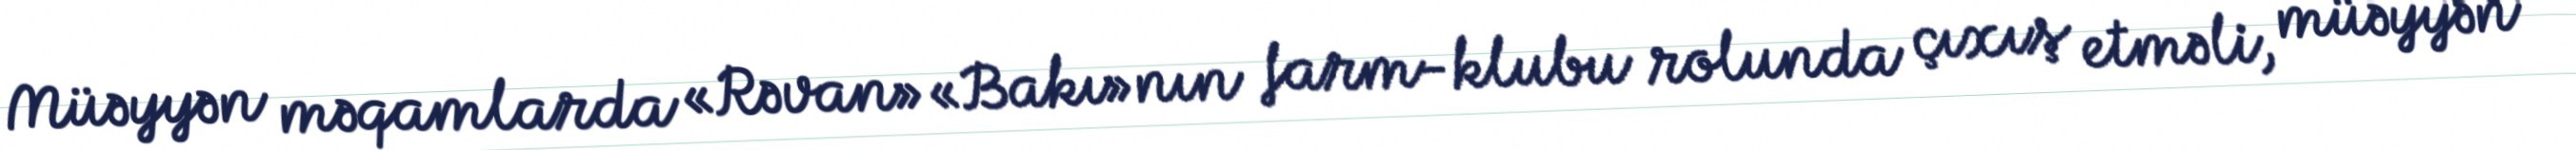
Müəyyən məqamlarda «Rəvan» «Bakı»nın farm-klubu rolunda çıxış etməli, müəyyən